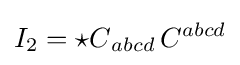
I_{2}={{\star }C}_{abcd}\,C^{abcd}